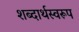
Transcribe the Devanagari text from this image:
शब्दार्थस्वरूप